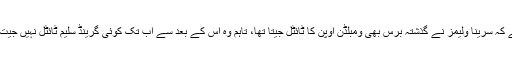
واضح رہے کہ سرینا ولیمز نے گذشتہ برس بھی ومبلڈن اوپن کا ٹائٹل جیتا تھا، تاہم وہ اس کے بعد سے اب تک کوئی گرینڈ سلیم ٹائٹل نہیں جیت پائی تھیں۔